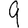
Digit: 9